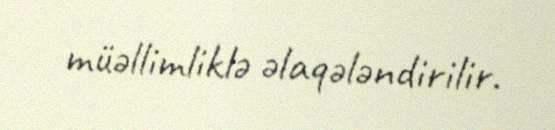
müəllimliklə əlaqələndirilir.